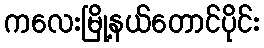
ကလေးမြို့နယ်တောင်ပိုင်း